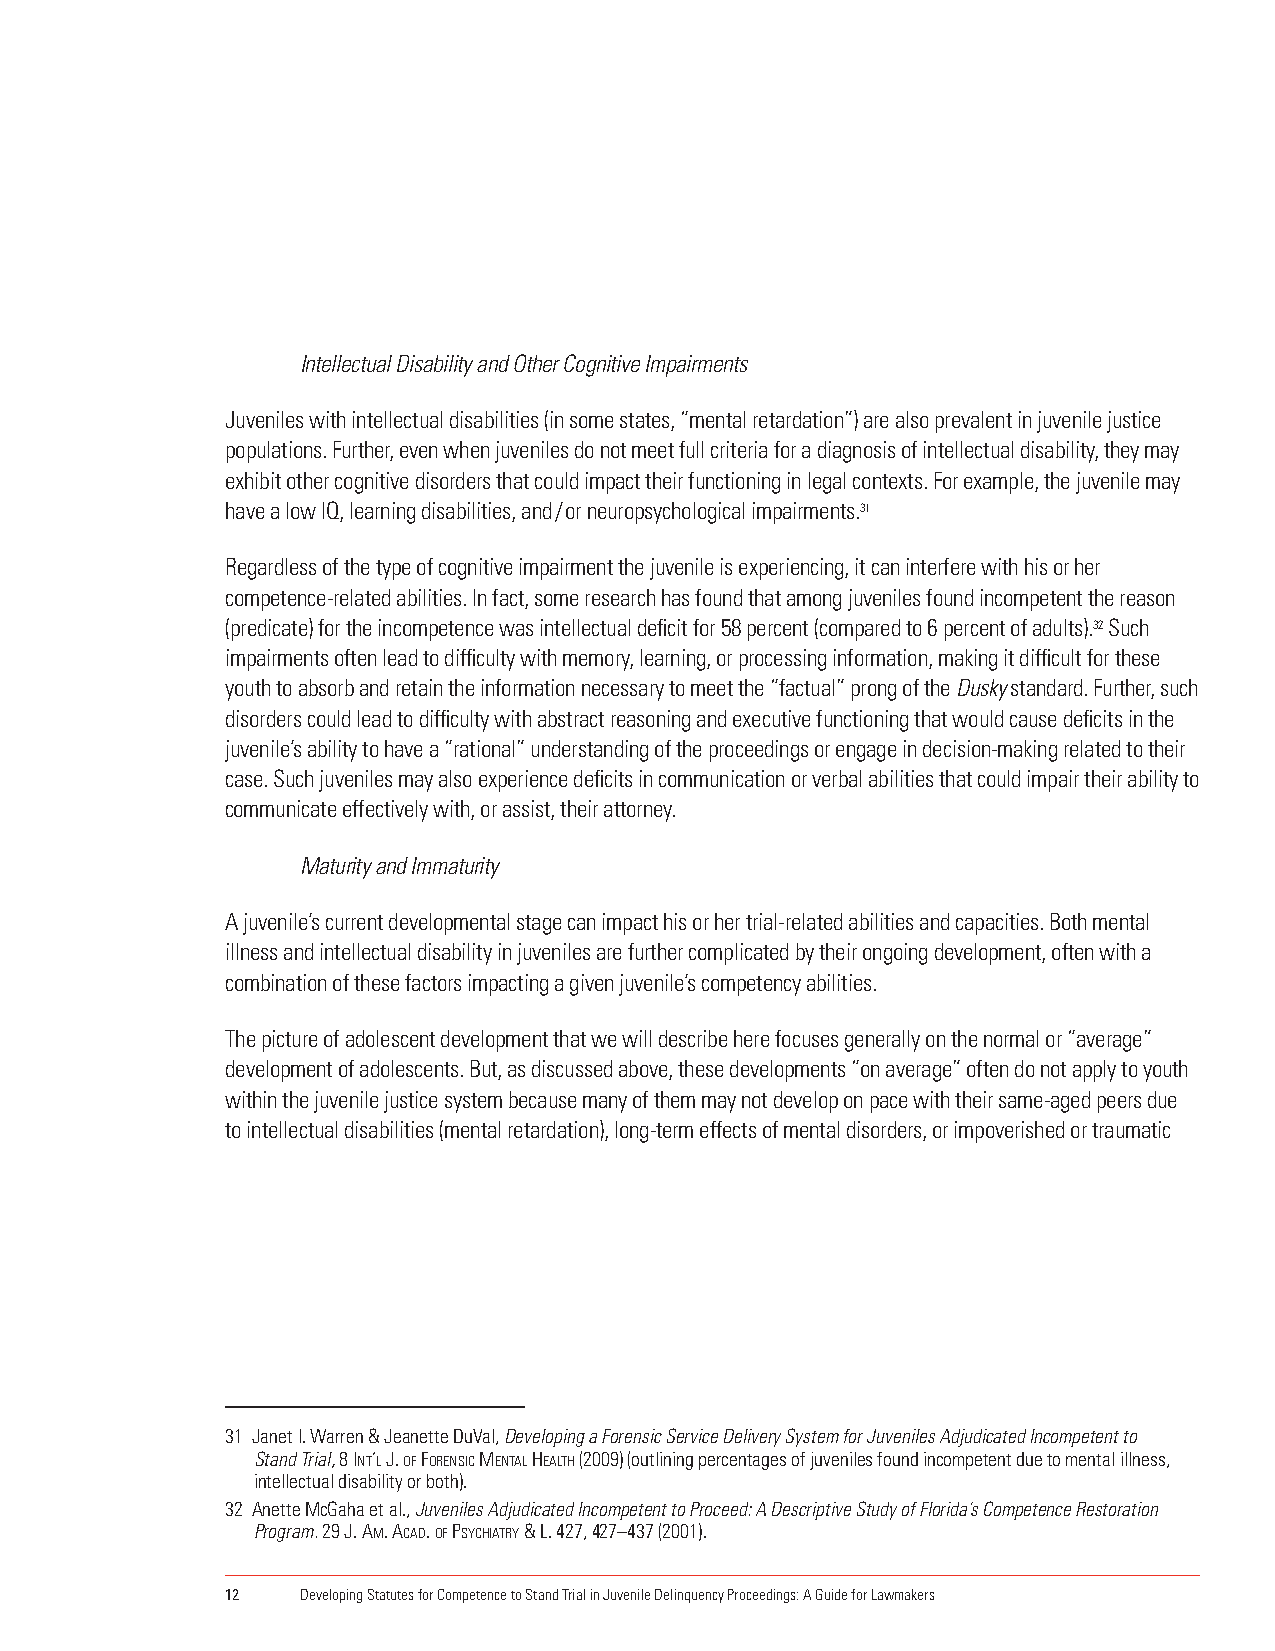
Intellectual Disability and Other Cognitive Impairments
 Juveniles with intellectual disabilities (in some states, “mental retardation”) are also prevalent in juvenile justice
 populations. Further, even when juveniles do not meet full criteria for a diagnosis of intellectual disability, they may
 exhibit other cognitive disorders that could impact their functioning in legal contexts. For example, the juvenile may
 have a low IQ, learning disabilities, and / or neuropsychological impairments.31
 Regardless of the type of cognitive impairment the juvenile is experiencing, it can interfere with his or her
 competence-related abilities. In fact, some research has found that among juveniles found incompetent the reason
 (predicate) for the incompetence was intellectual deficit for 58 percent (compared to 6 percent of adults).32 Such
 impairments often lead to difficulty with memory, learning, or processing information, making it difficult for these
 youth to absorb and retain the information necessary to meet the “factual” prong of the Dusky standard. Further, such
 disorders could lead to difficulty with abstract reasoning and executive functioning that would cause deficits in the
 juvenile’s ability to have a “rational” understanding of the proceedings or engage in decision-making related to their
 case. Such juveniles may also experience deficits in communication or verbal abilities that could impair their ability to
 communicate effectively with, or assist, their attorney.
 Maturity and Immaturity
 A juvenile’s current developmental stage can impact his or her trial-related abilities and capacities. Both mental
 illness and intellectual disability in juveniles are further complicated by their ongoing development, often with a
 combination of these factors impacting a given juvenile’s competency abilities.
 The picture of adolescent development that we will describe here focuses generally on the normal or “average”
 development of adolescents. But, as discussed above, these developments “on average” often do not apply to youth
 within the juvenile justice system because many of them may not develop on pace with their same-aged peers due
 to intellectual disabilities (mental retardation), long-term effects of mental disorders, or impoverished or traumatic
 31 Janet I. Warren & Jeanette DuVal, Developing a Forensic Service Delivery System for Juveniles Adjudicated Incompetent to
 Stand Trial, 8 Int’l J. of foRensIc mental health (2009) (outlining percentages of juveniles found incompetent due to mental illness,
 intellectual disability or both).
 32 Anette McGaha et al., Juveniles Adjudicated Incompetent to Proceed: A Descriptive Study of Florida’s Competence Restoration
 Program. 29 J. am. acaD. of PsychIatRy & l. 427, 427–437 (2001).
 12   Developing Statutes for Competence to Stand Trial in Juvenile Delinquency Proceedings: A Guide for Lawmakers